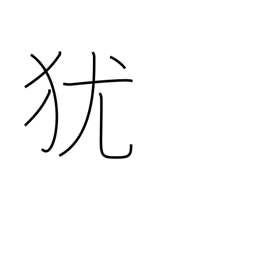
Meaning: condition